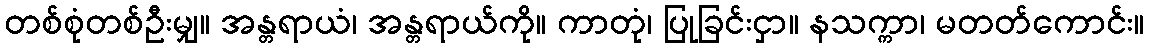
တစ်စုံတစ်ဦးမျှ။ အန္တရာယံ၊ အန္တရာယ်ကို။ ကာတုံ၊ ပြုခြင်းငှာ။ နသက္ကာ၊ မတတ်ကောင်း။